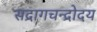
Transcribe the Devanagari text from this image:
सद्रागचन्द्रोदय